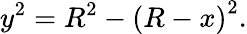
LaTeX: y^{2}=R^{2}-\left(R-x\right)^{2}.